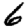
Digit: 6